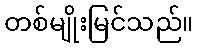
တစ်မျိုးမြင်သည်။